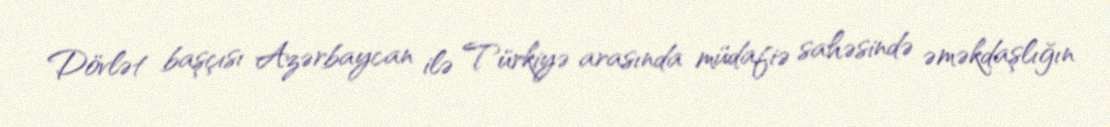
Dövlət başçısı Azərbaycan ilə Türkiyə arasında müdafiə sahəsində əməkdaşlığın